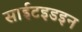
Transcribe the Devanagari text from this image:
साईटइडइन